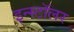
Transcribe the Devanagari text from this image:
इन्स्टॉलर